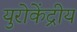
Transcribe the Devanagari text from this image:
युरोकेंद्रीय